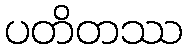
ပတိတဿ